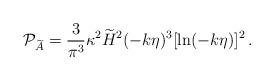
LaTeX: \begin{align*}{\cal P}_{\widetilde{A}} = {3\over\pi^3} \kappa^2\widetilde{H}^2 (-k\eta)^3[\ln(-k\eta)]^2 \,.\end{align*}